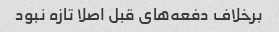
برخلاف دفعه‌های قبل اصلا تازه نبود